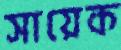
সায়েক